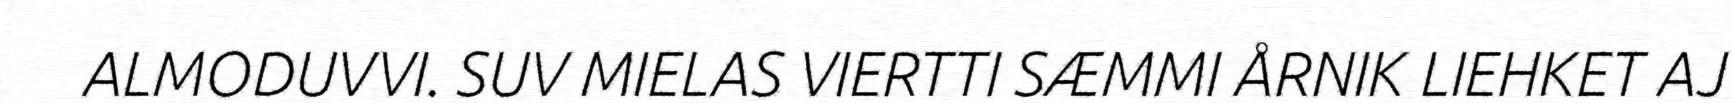
ALMODUVVI. SUV MIELAS VIERTTI SÆMMI ÅRNIK LIEHKET AJ